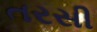
તરસી